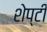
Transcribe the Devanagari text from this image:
शेप्टी